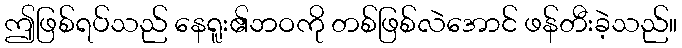
ဤဖြစ်ရပ်သည် နေရူး၏ဘဝကို တစ်ဖြစ်လဲအောင် ဖန်တီးခဲ့သည်။